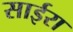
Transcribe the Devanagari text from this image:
साईरा